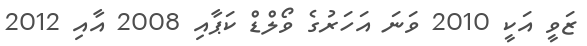
ޒަވީ އަކީ 2010 ވަނަ އަހަރުގެ ވޯލްޑް ކަޕާއި 2008 އާއި 2012